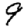
Digit: 9